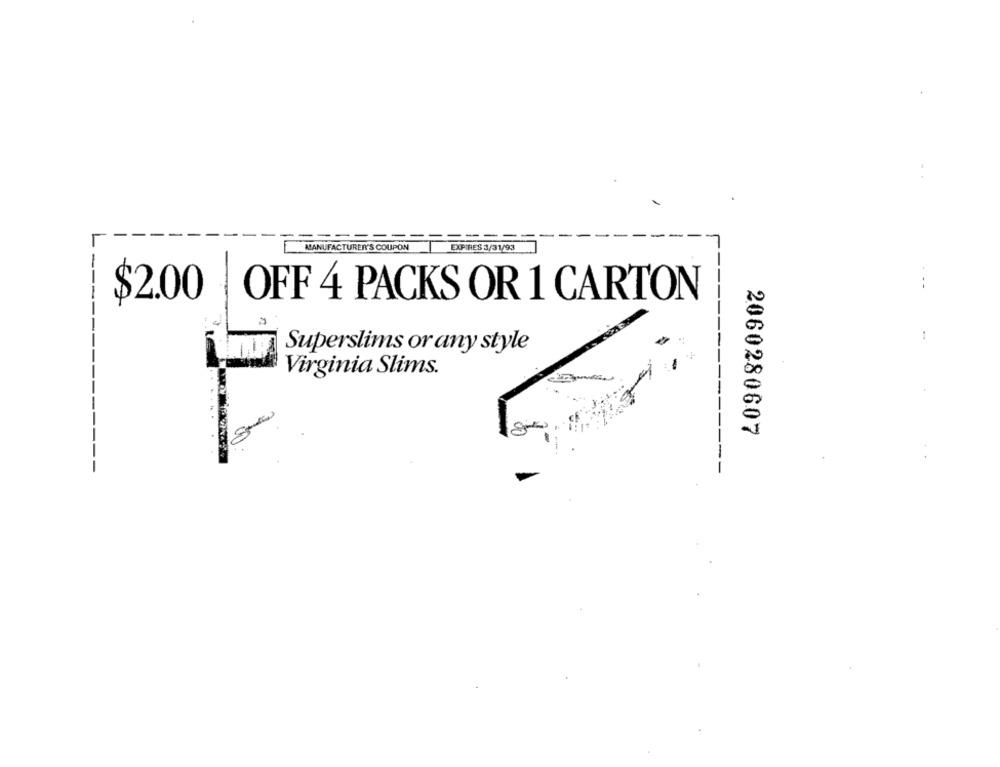
--
-
MANUFACTURER'S COUPON
EXPIRES 3/31/93
--
---
$2.00
OFF 4 PACKS OR 1 CARTON
:
Superslims or any style
Virginia Slims.
2060280607